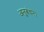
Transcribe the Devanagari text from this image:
अनुबंधन।